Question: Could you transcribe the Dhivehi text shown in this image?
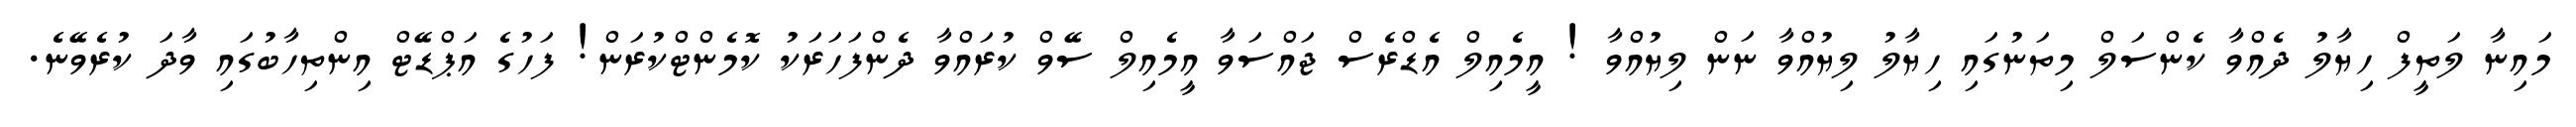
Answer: މައިނާ ލަތީފް ހިޔާލު ދެއްވާ ކެންސަލް މިތަނުގައި ހިޔާލު ލިޔުއްވާ ނަން ލިޔުއްވާ ! އީމެއިލް އެޑްރެސް ޖައްސަވާ އީމެއިލް ސޭވް ކުރައްވާ ދެންފަހަރަކު ކޮމެންޓްކުރަން! ފަހުގެ އަޕްޑޭޓް އިންތިހާބުގައި ވާދަ ކުރެވޭނެ.